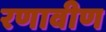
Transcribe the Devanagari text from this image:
रणावीण